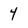
Character: 4